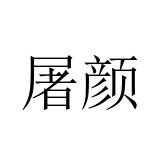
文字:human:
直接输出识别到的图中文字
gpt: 屠颜